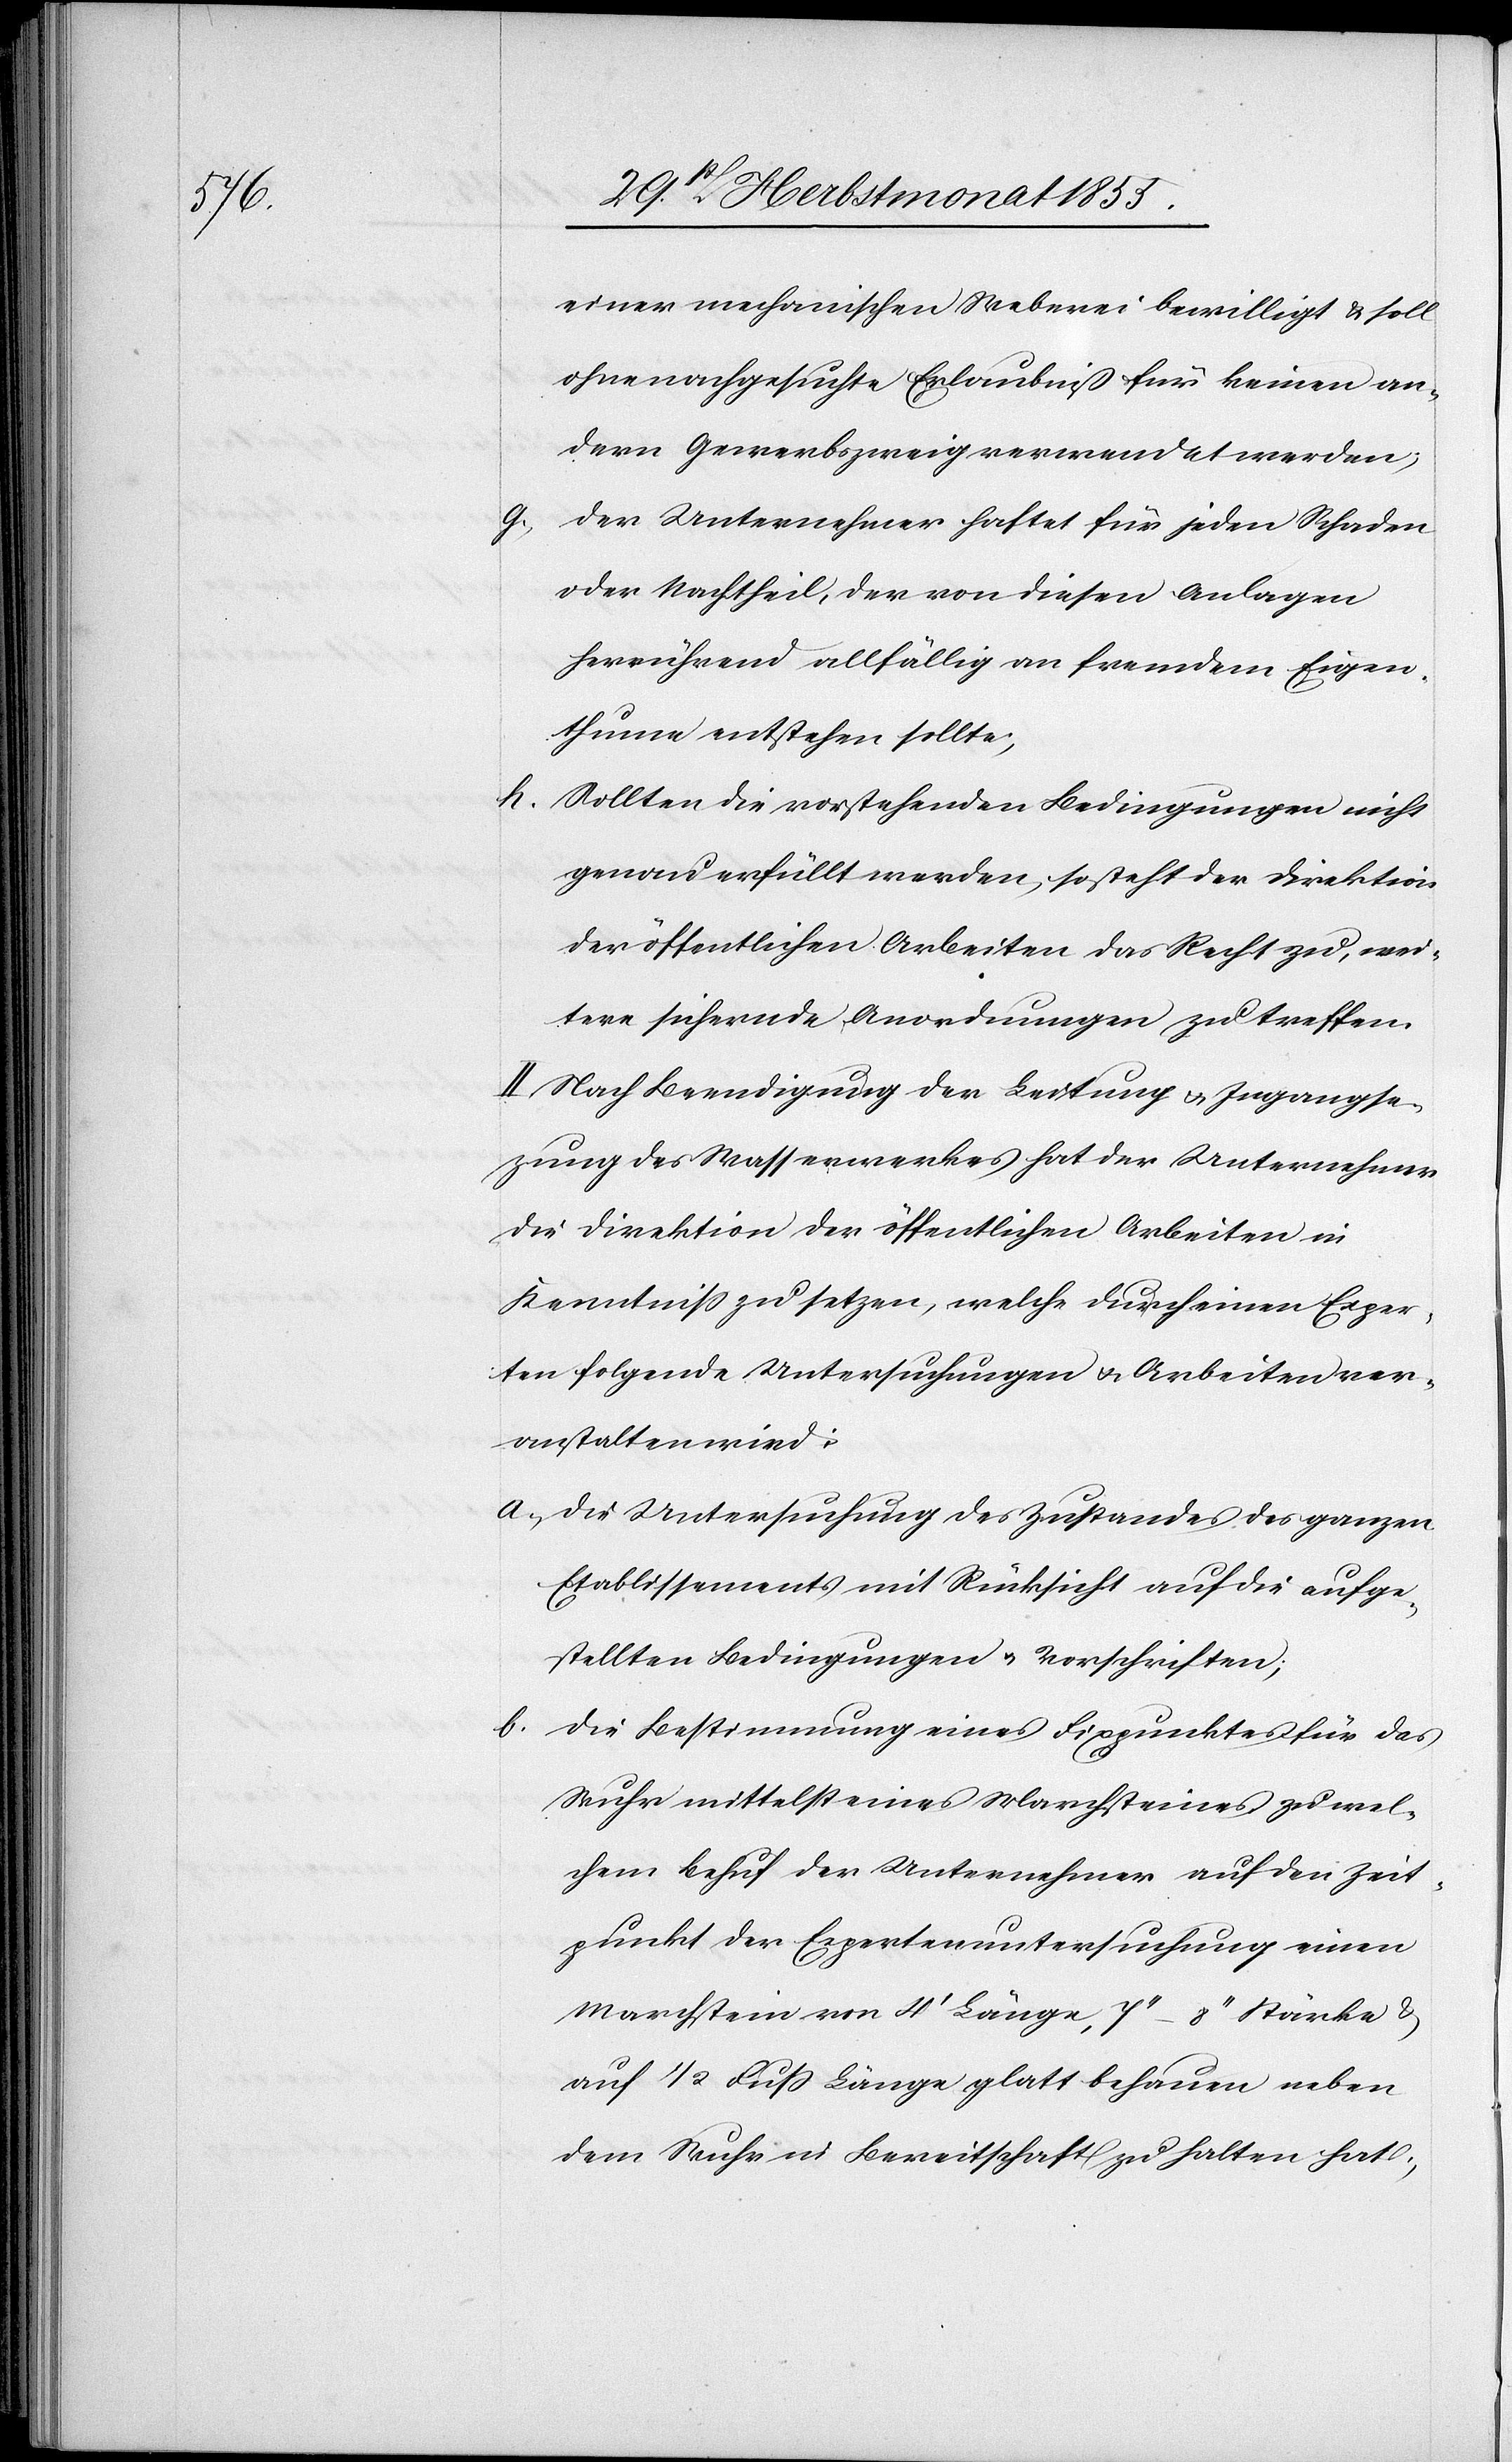
einer mechanischen Weberei bewilligt & soll
ohne nachgesuchte Erlaubniß für keinen an¬
dern Gewerbszweig verwendet werden;
Der Unternehmer haftet für jeden Schaden
oder Nachtheil, der von diesen Anlagen
herrührend allfällig an fremdem Eigen¬
thume entstehen sollte;
h.
Sollten die vorstehenden Bedingungen nicht
genau erfüllt werden, so steht der Direktion
der öffentlichen Arbeiten das Recht zu, wei¬
tere sichernde Anordnungen zu treffen.
II. Nach Beendigung der Leitung & Ingangs¬
e[t]zung des Wasserwerkes hat der Unternehmer
die Direktion der öffentlichen Arbeiten in
Kenntniss zu setzen, welche durch einen Exper¬
ten folgende Untersuchungen & Arbeiten ver¬
anstalten wird:
Die Untersuchung des Zustandes des ganzen
Etablissements mit Rücksicht auf die aufge¬
stellten Bedingungen & Vorschriften;
Die Bestimmung eines Fixpunktes für das
Wuhr mittelst eines Marchsteines zu wel¬
chem Behuf der Unternehmer auf den Zeit¬
punkt der Expertenuntersuchung einen
Marchstein von 4‘ Länge, 7‘‘–8‘‘ Stärke &
auf 1/2 Fuss Länge glatt behauen neben
dem Wuhr in Bereitschaft zu halten hat;